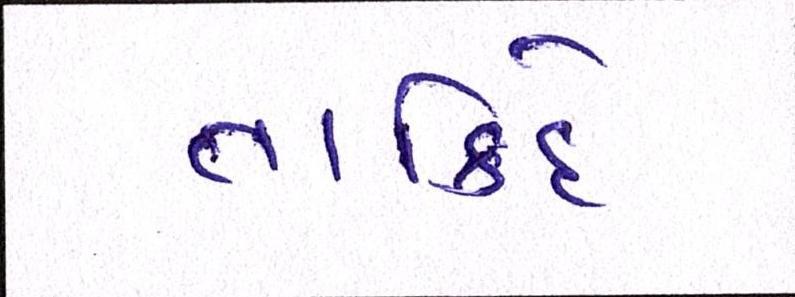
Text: તાકિદે